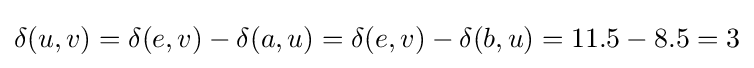
\delta (u,v)=\delta (e,v)-\delta (a,u)=\delta (e,v)-\delta (b,u)=11.5-8.5=3